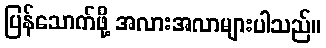
ပြန်သောက်ဖို့ အလားအလာများပါသည်။